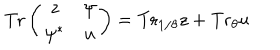
\mathrm { T r } \left( \begin{array} { c c } { { z } } & { { \psi } } \\ { { \psi ^ { * } } } & { { u } } \\ \end{array} \right) = \mathrm { T r } _ { 1 / \theta } z + \mathrm { T r } _ { \theta } u